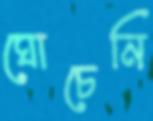
ঘোচেনি